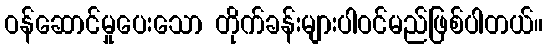
ဝန်ဆောင်မှုပေးသော တိုက်ခန်းများပါဝင်မည်ဖြစ်ပါတယ်။